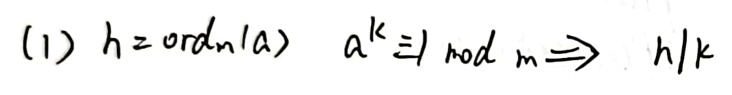
(1) $h = \text{ord}_m(a) \quad a^k\equiv 1\pmod{m}\Rightarrow h\mid k$